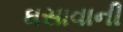
ઘસાવાની